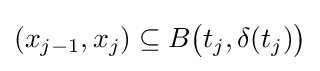
(x_{j-1},x_{j})\subseteq B{\big (}t_{j},\delta (t_{j}){\big )}